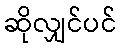
ဆိုလျှင်ပင်